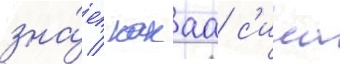
зна́ет / какаа с'ила